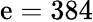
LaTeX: \mathrm{e}=384